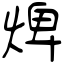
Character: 焷